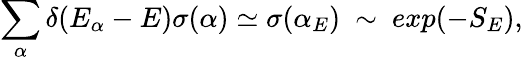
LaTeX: \sum_{\alpha}\delta(E_{\alpha}-E)\sigma(\alpha)\simeq\sigma(\alpha_{E})~\sim~exp(-S_{E}),